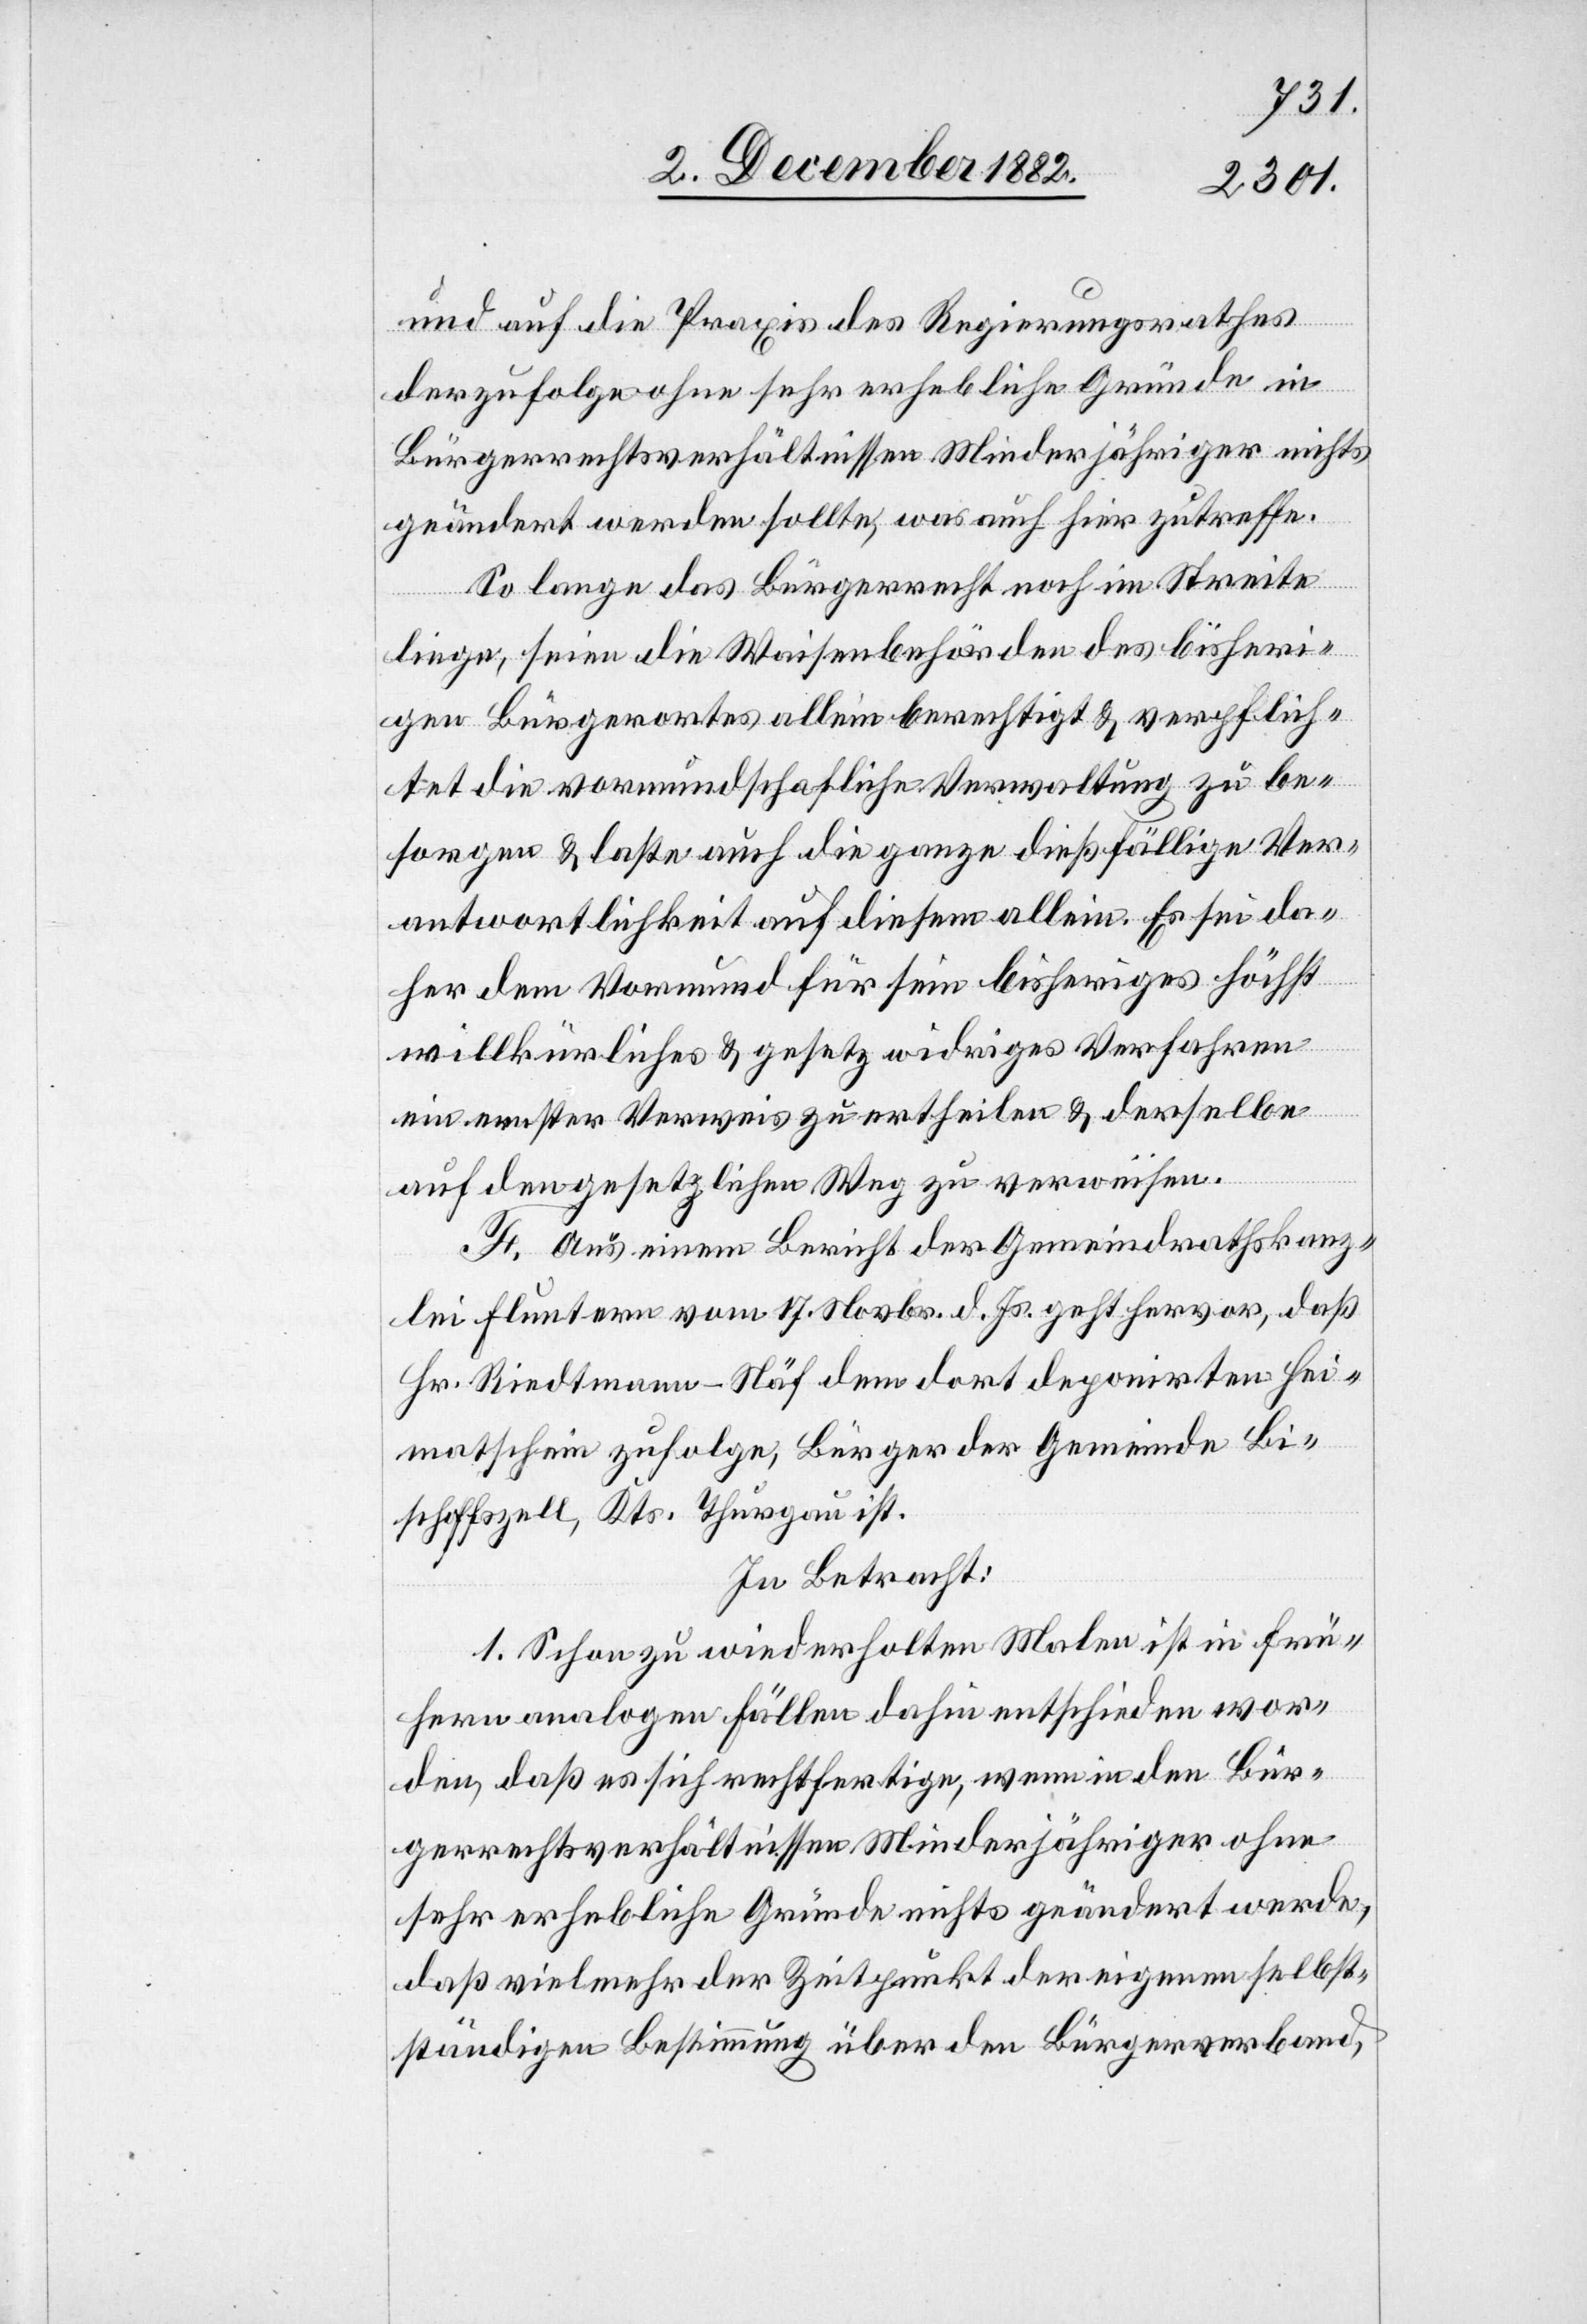
und auf die Praxis des Regierungsrathes
derzufolge ohne sehr erhebliche Gründe in
Bürgerrechtsverhältnissen Minderjähriger nichts
geändert werden sollte, was auch hier zutreffe.
So lange das Bürgerrecht noch im Streite
da¬
liege, seien die Waisenbehörden des bisheri¬
gen Bürgerortes allein berechtigt & verpflich¬
tet die vormundschaftliche Verwaltung zu be¬
sorgen & laste auch die ganze dießfällige Ver¬
antwortlichkeit auf diesem [recte: diesen] a¬
her dem Vormund für sein bisheriges höchst
willkürliches & gesetzwidriges Verfahren
ein ernster Verweis zu ertheilen & derselbe
auf den gesetzlichen Weg zu verweisen.
F. Aus einem Bericht der Gemeindrathskanz¬
lei Fluntern vom 17. Novbr. d. Js. geht hervor, daß
Hr. Riedtmann-Näf dem dort deponirten Hei¬
matschein zufolge, Bürger der Gemeinde Bi¬
schofszell, Kts. Thurgau ist.
In Betracht:
1. Schon zu wiederholten Malen ist in frü¬
hern analogen Fällen dahin entschieden wor¬
den, daß es sich rechtfertige, wenn in den Bür¬
gerrechtsverhältnissen Minderjähriger ohne
sehr erhebliche Gründe nichts geändert werde,
daß vielmehr der Zeitpunkt der eigenen selbst¬
ständigen Bestimmung über den Bürgerverband,